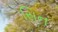
સિન